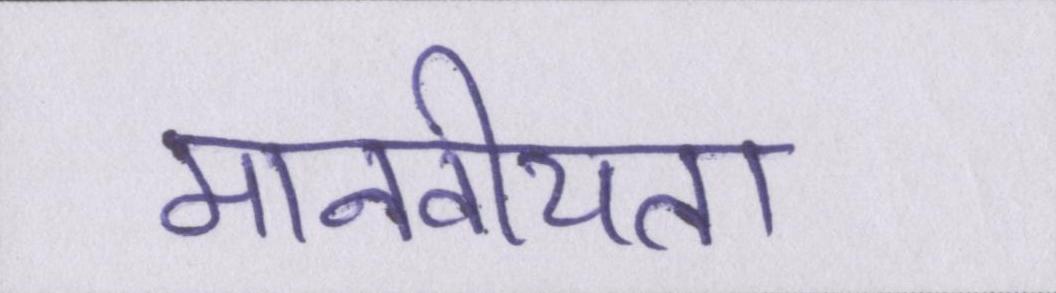
मानवीयता